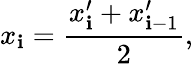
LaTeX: x_{\mathbf{i}}=\frac{{x_{\mathbf{i}}^{\prime}+x_{\mathbf{i}-1}^{\prime}}}{{2}},